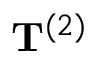
\mathbf { T } ^ { ( 2 ) }